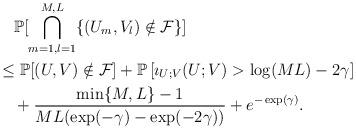
LaTeX: \begin{align*}&\quad\mathbb{P}[\bigcap_{m=1,l=1}^{M,L}\{(U_m,V_l)\notin \mathcal{F}\}]\\&\le\mathbb{P}[(U,V)\notin\mathcal{F}]+\mathbb{P}\left[\imath_{U;V}(U;V)>\log(ML)-2\gamma\right]\\&\quad+\frac{\min\{M,L\}-1}{ML(\exp(-\gamma)-\exp(-2\gamma))}+e^{-\exp(\gamma)}.\end{align*}